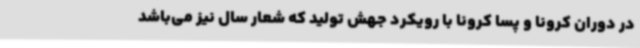
در دوران کرونا و پسا کرونا با رویکرد جهش تولید که شعار سال نیز می‌باشد